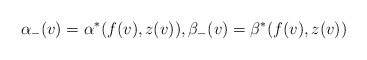
\begin{align*} \alpha_-(v)=\alpha^\ast(f(v),z(v)),\beta_-(v)=\beta^\ast(f(v),z(v))\end{align*}